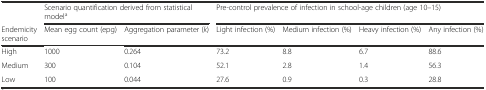
<table><thead><tr><td></td><td colspan="2"><b>Scenario quantification derived from statistical model<sup>a</sup></b></td><td colspan="4"><b>Pre-control prevalence of infection in school-age children (age 10–15)</b></td></tr><tr><td><b>Endemicity scenario</b></td><td><b>Mean egg count (epg)</b></td><td><b>Aggregation parameter (<i>k</i>)</b></td><td><b>Light infection (%)</b></td><td><b>Medium infection (%)</b></td><td><b>Heavy infection (%)</b></td><td><b>Any infection (%)</b></td></tr></thead><tbody><tr><td>High</td><td>1000</td><td>0.264</td><td>73.2</td><td>8.8</td><td>6.7</td><td>88.6</td></tr><tr><td>Medium</td><td>300</td><td>0.104</td><td>52.1</td><td>2.8</td><td>1.4</td><td>56.3</td></tr><tr><td>Low</td><td>100</td><td>0.044</td><td>27.6</td><td>0.9</td><td>0.3</td><td>28.8</td></tr></tbody></table>